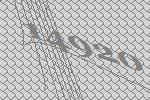
14920